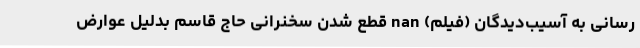
رسانی به آسیب‌دیدگان (فیلم) nan قطع شدن سخنرانی حاج قاسم بدلیل عوارض